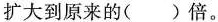
扩大到原来的( )倍。